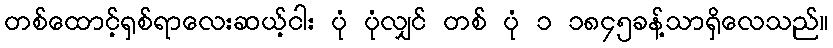
တစ်ထောင့်ရှစ်ရာလေးဆယ့်ငါး ပုံ ပုံလျှင် တစ် ပုံ ၁ ၁၈၄၅ခန့်သာရှိလေသည်။